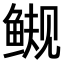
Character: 𫚜